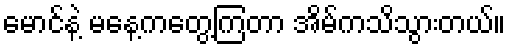
မောင်နဲ့ မနေ့ကတွေ့ကြတာ အိမ်ကသိသွားတယ်။